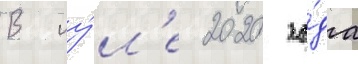
В иу́л'е 2020 го́да